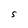
Character: S